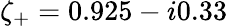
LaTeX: \zeta_{+}=0.925-i0.33